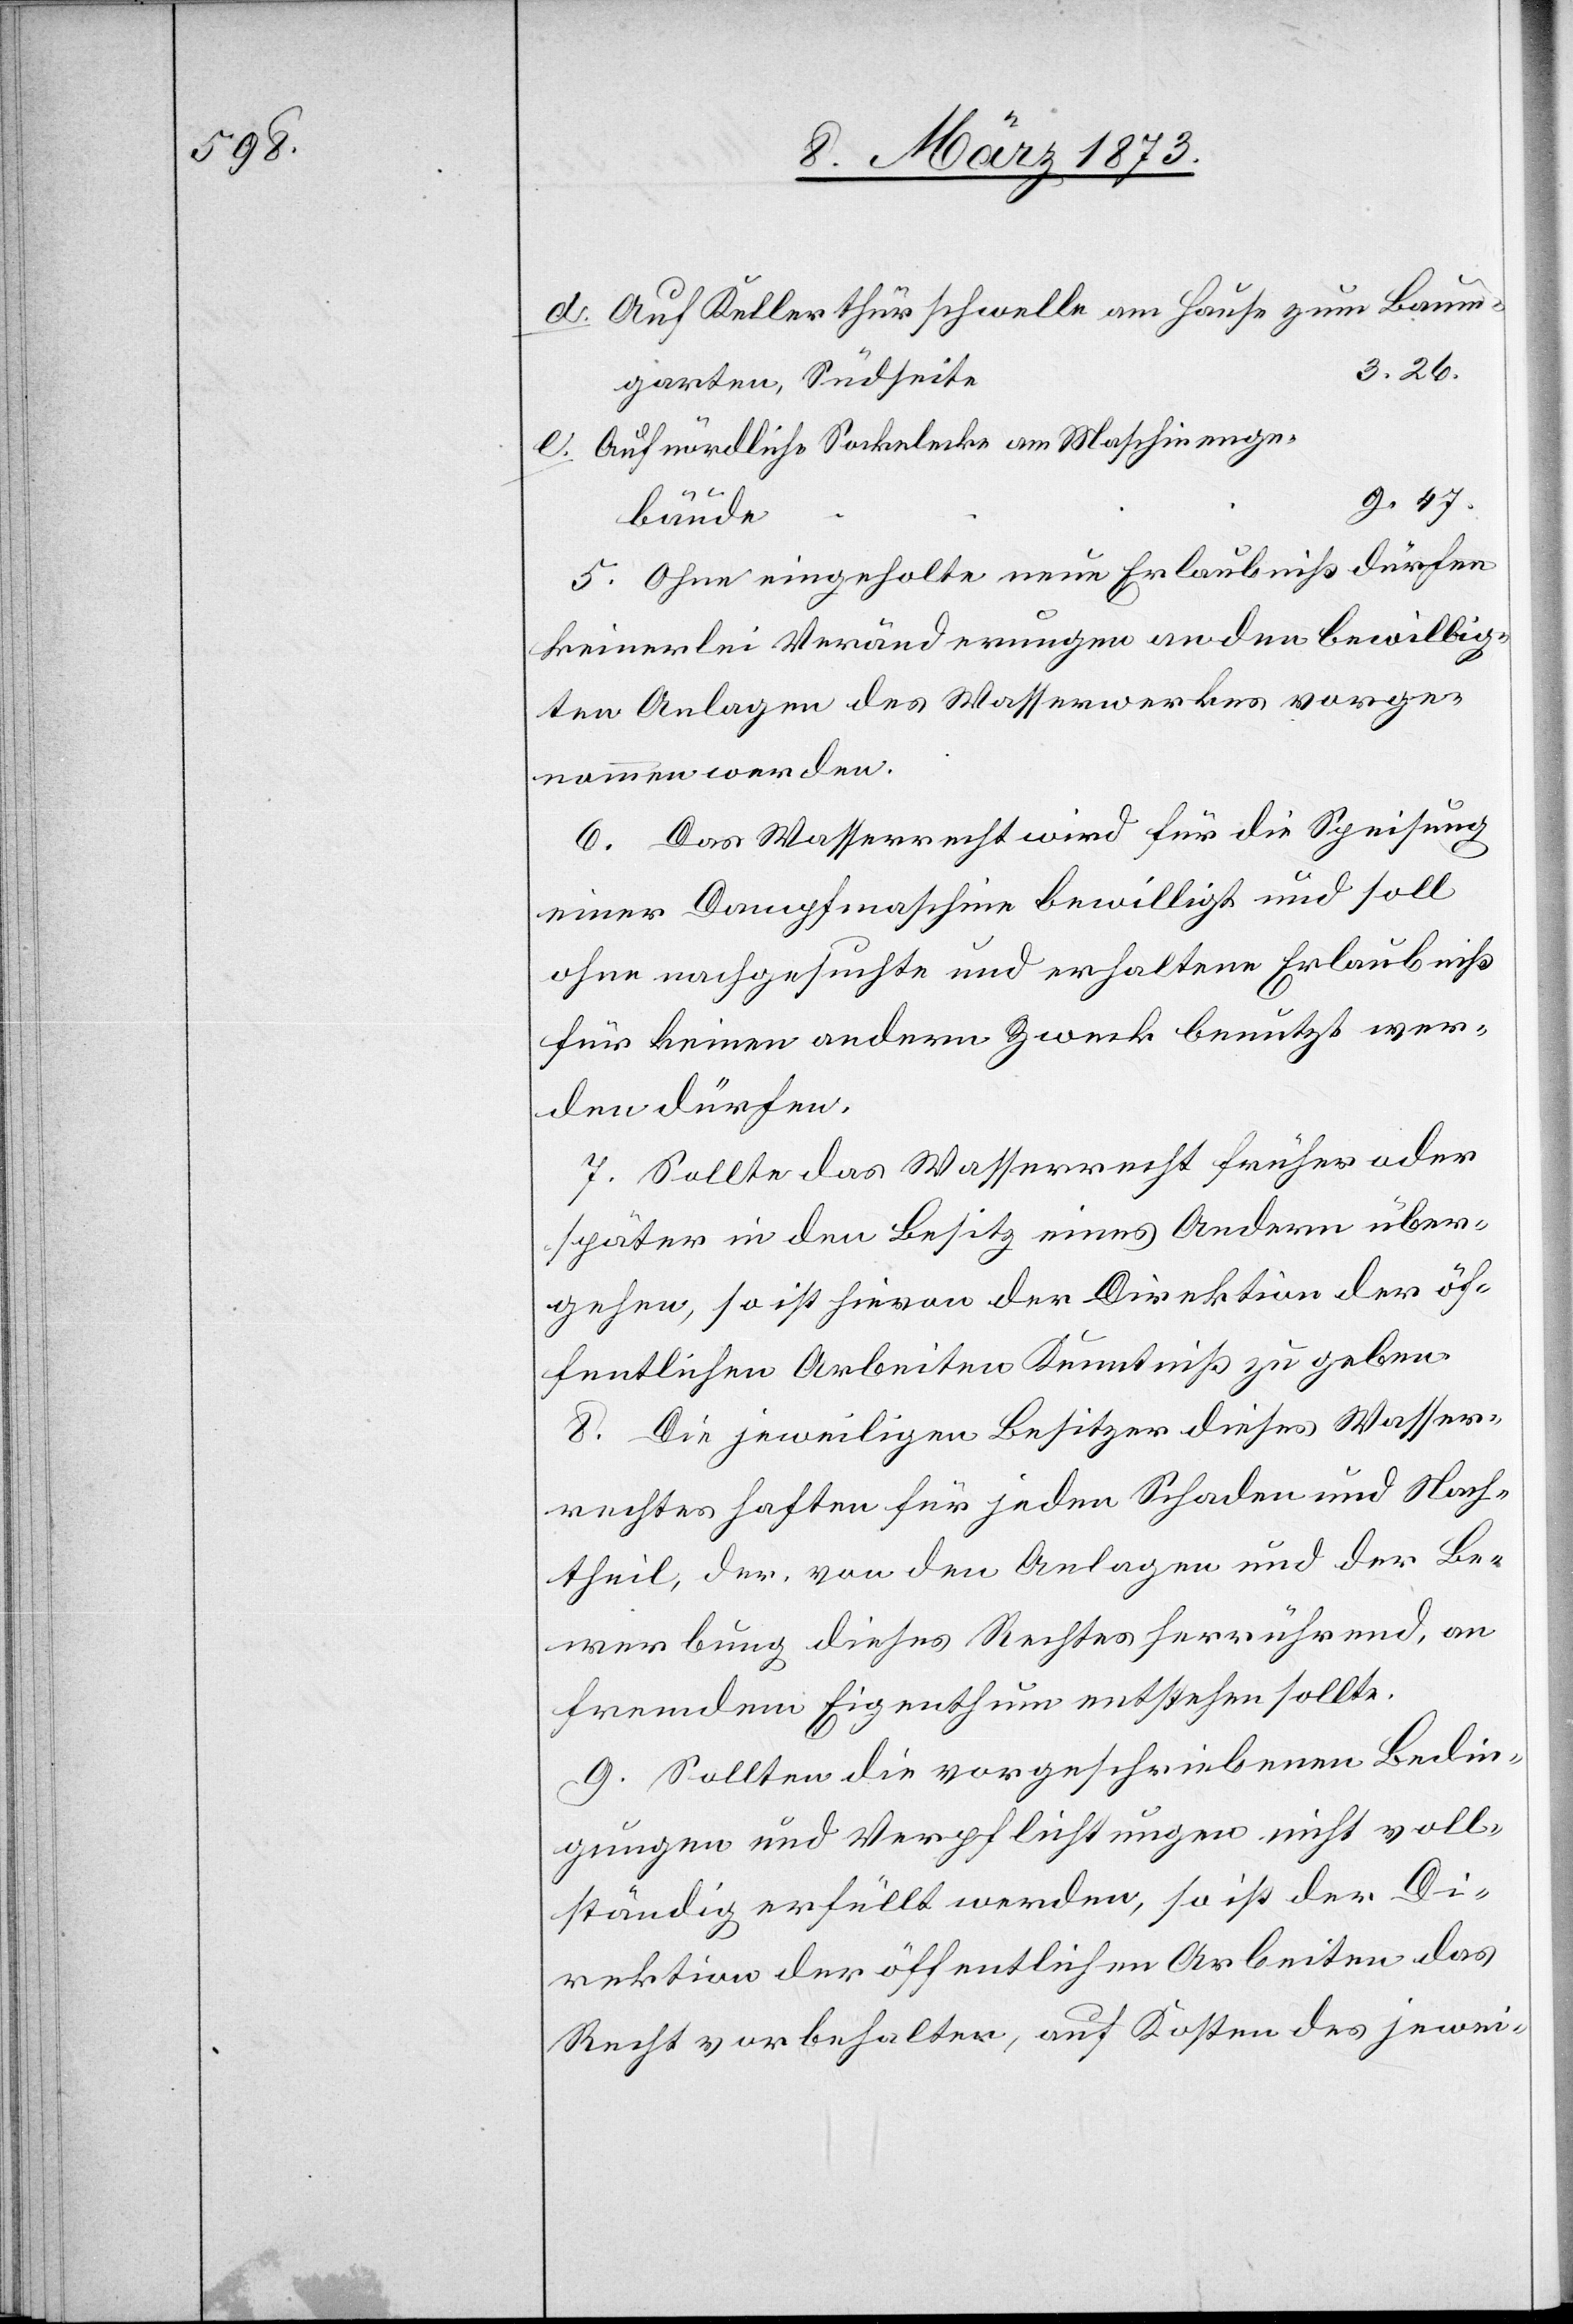
e	9.47.

d. Auf Kellerthürschwelle am Hause zum
e. Auf nördliche Sockelecke am Maschinenge¬
bäud¬
5. Ohne eingeholte neue Erlaubniß dürfen
keinerlei Veränderungen an den bewillig¬
ten Anlagen des Wasserwerkes vorge¬
nommen werden.
6. Das Wasserrecht wird für die Speisung
einer Dampfmaschine bewilligt und soll
ohne nachgesuchte und erhaltene Erlaubniß
für keinen andern Zweck benutzt wer¬
den dürfen.
7. Sollte das Wasserrecht früher oder
später in den Beisitz eines Andern über¬
gehen, so ist hievon der Direktion der öf¬
fentlichen Arbeiten Kenntniß zu geben.
8. Die jeweiligen Besitzer dieses Wasser¬
rechtes haften für jeden Schaden und Nach¬
theil, der, von den Anlagen und der Be¬
werbung dieses Rechtes herrührend, an
fremdem Eigenthum entstehen sollte.
9. Sollten die vorgeschriebenen Bedin¬
gungen und Verpflichtungen nicht voll¬
ständig erfüllt werden, so ist der Di¬
rektion der öffentlichen Arbeiten das
Recht vorbehalten, auf Kosten des jewei-